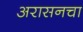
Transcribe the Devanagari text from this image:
अरासनचा